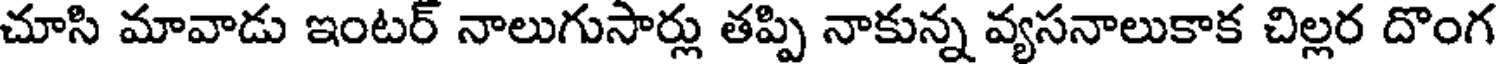
చూసి మావాడు ఇంటర్ నాలుగుసార్లు తప్పి నాకున్న వ్యసనాలుకాక చిల్లర దొంగ